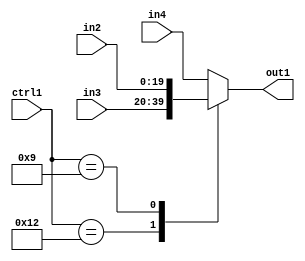
`timescale 1ps / 1ps
/*****************************************************************************
    Verilog RTL Description
    
    
    Created by: Stratus DpOpt 21.05.01 
*******************************************************************************/

module SobelFilter_N_Mux_20_3_12_1 (
	in4,
	in3,
	in2,
	ctrl1,
	out1
	); /* architecture "behavioural" */ 
input [19:0] in4,
	in3,
	in2;
input [4:0] ctrl1;
output [19:0] out1;
wire [19:0] asc001;

reg [19:0] asc001_tmp_0;
assign asc001 = asc001_tmp_0;
always @ (ctrl1 or in3 or in2 or in4) begin
	casez (ctrl1)
		5'B10010 : asc001_tmp_0 = in3 ;
		5'B01001 : asc001_tmp_0 = in2 ;
		default : asc001_tmp_0 = in4 ;
	endcase
end

assign out1 = asc001;
endmodule

/* CADENCE  v7P1Tw0= : u9/ySxbfrwZIxEzHVQQV8Q== ** DO NOT EDIT THIS LINE ******/